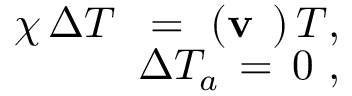
\begin{array} { r } { \chi \, \Delta T \ \, = \, \, ( { \bf v } \, \mathbf { \nabla } ) \, { T } , \ } \\ { \Delta T _ { a } \, = \, 0 \ , \ } \end{array}